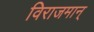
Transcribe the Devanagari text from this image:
विराजमान्